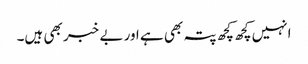
انہیں کچھ کچھ پتہ بھی ہے اور بے خبر بھی ہیں۔